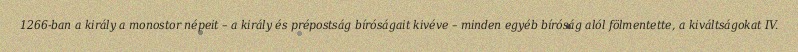
1266-ban a király a monostor népeit – a király és prépostság bíróságait kivéve – minden egyéb bíróság alól fölmentette, a kiváltságokat IV.